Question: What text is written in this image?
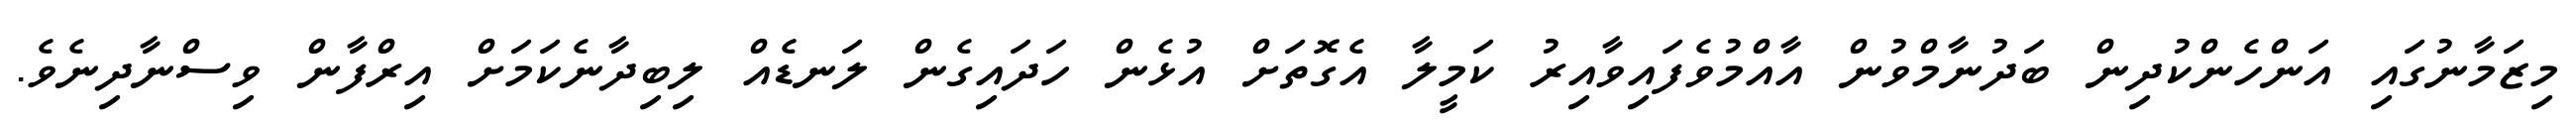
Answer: މިޒަމާނުގައި އަންހެންކުދިން ބަދުނާމްވުން އާއްމުވެފައިވާއިރު ކަމީލާ އެގޮތަށް އުޅެން ހަދައިގެން ލަނޑެއް ލިބިދާނެކަމަށް އިރްފާން ވިސްނާދިނެވެ.